画像に写った文字を読んでください
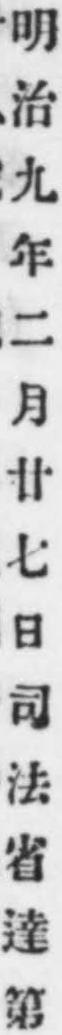
「明治九年二月廿七日司法省達第」と書いてあります